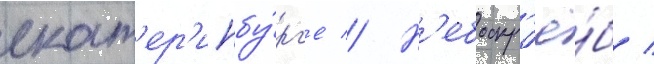
екат'ер'инбу́рг'е // Н'ебоскр'ё́б /